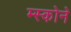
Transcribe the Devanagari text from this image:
म्स्कोने